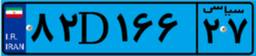
۶۷D۶۴۷۴۴